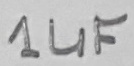
Text: 1uF